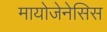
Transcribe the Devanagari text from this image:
मायोजेनेसिस